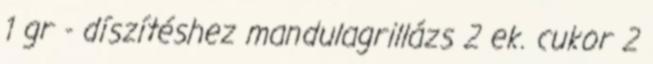
1 gr - díszítéshez mandulagrillázs 2 ek. cukor 2